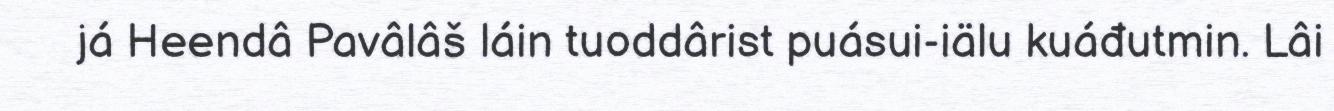
já Heendâ Pavâlâš láin tuoddârist puásui-iälu kuáđutmin. Lâi